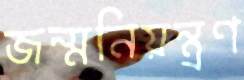
জন্মনিয়ন্ত্রণ